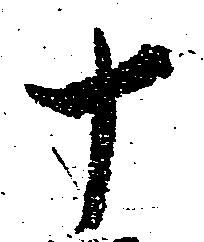
十